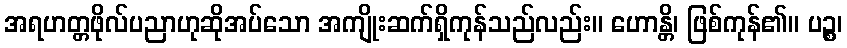
အရဟတ္တဖိုလ်ပညာဟုဆိုအပ်သော အကျိုးဆက်ရှိကုန်သည်လည်း။ ဟောန္တိ၊ ဖြစ်ကုန်၏။ ပဉ္စ၊